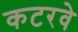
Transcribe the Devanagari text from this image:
कटरवे